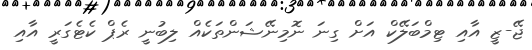
ޖޭ-ޒީ އާއި ޓިމްބަލޭކް އަށް ގިނަ ނޮމިނޭޝަންތަކެއް ލިބުނީ ރެޕް ކެޓެގަރީ އާއި